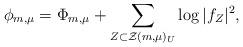
LaTeX: \begin{align*} \phi_{m,\mu} = \Phi_{ m ,\mu} + \sum_{Z \subset \mathcal{Z}(m,\mu)_U} \log|f_Z|^2,\end{align*}